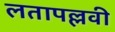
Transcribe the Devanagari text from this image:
लतापल्लवी